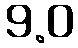
9.0